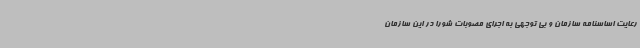
رعایت اساسنامه سازمان و بی توجهی به اجرای مصوبات شورا در این سازمان